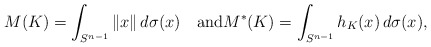
\begin{align*}M(K)=\int_{S^{n-1}} \|x\|\, d\sigma(x)\quad\hbox{and}M^{\ast }(K)=\int_{S^{n-1}}h_K(x)\,d\sigma (x),\end{align*}